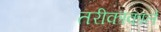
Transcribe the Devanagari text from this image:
तरीकाकाले